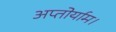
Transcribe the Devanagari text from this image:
अप्तोर्याम।